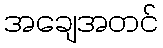
အချေအတင်